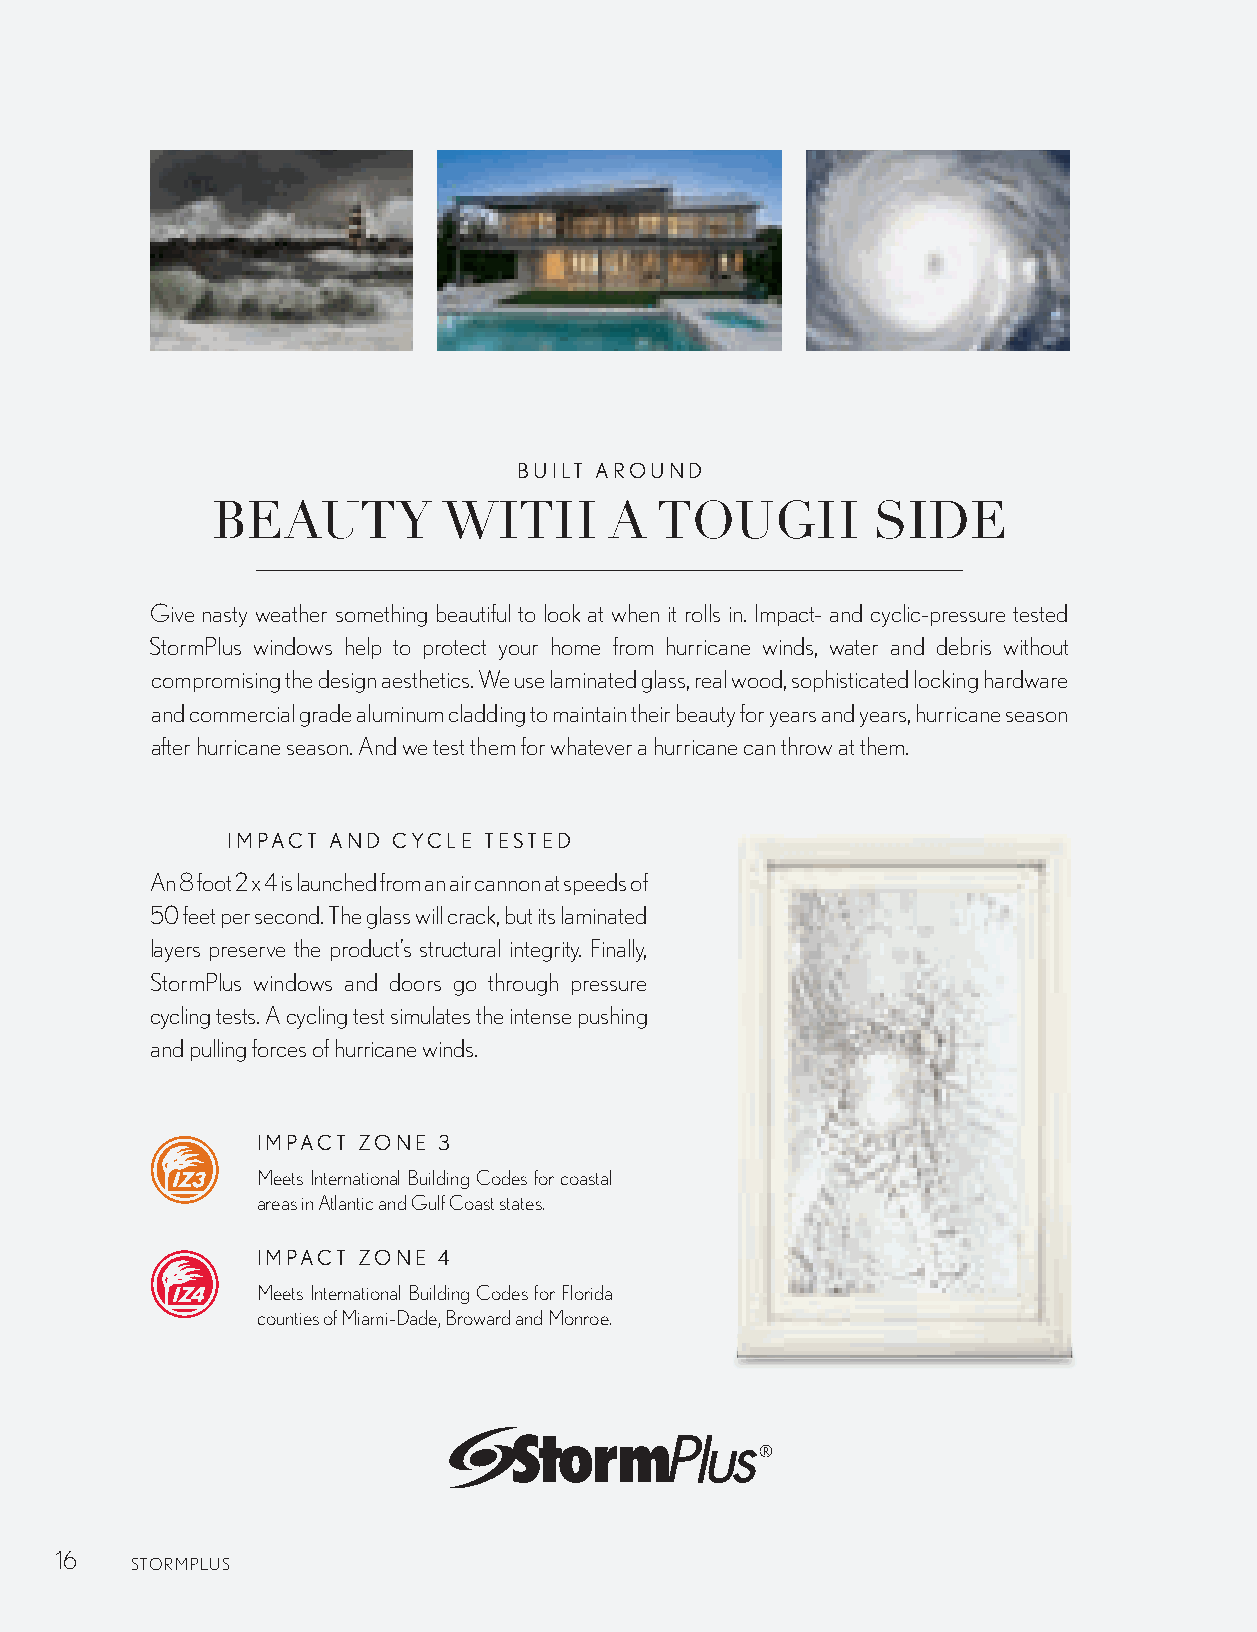
BUILT AROUND
 BEAUTY         WITH       A  TOUGH          SIDE
 Give nasty weather something beautiful to look at when it rolls in. Impact- and cyclic-pressure tested
 StormPlus windows help to protect your home from hurricane winds, water and debris without
 compromising the design aesthetics. We use laminated glass, real wood, sophisticated locking hardware
 and commercial grade aluminum cladding to maintain their beauty for years and years, hurricane season
 after hurricane season. And we test them for whatever a hurricane can throw at them.
 IMPACT AND CYCLE TESTED
 An 8 foot 2 x 4 is launched from an air cannon at speeds of
 50 feet per second. The glass will crack, but its laminated
 layers preserve the product’s structural integrity. Finally,
 StormPlus windows and doors go through pressure
 cycling tests. A cycling test simulates the intense pushing
 and pulling forces of hurricane winds.
 IMPACT ZONE 3
 Meets International Building Codes for coastal
 areas in Atlantic and Gulf Coast states.
 IMPACT ZONE 4
 Meets International Building Codes for Florida
 counties of Miami-Dade, Broward and Monroe.
 16
 STORMPLUS